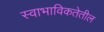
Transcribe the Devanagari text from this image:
स्वाभाविकतेतील